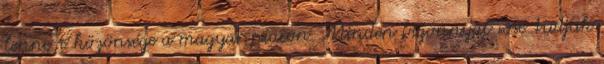
lenne-e közönsége a magyar piacon. Minden bizonnyal sose tudjuk